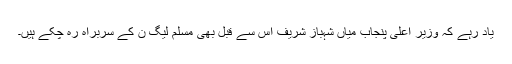
یاد رہے کہ وزیرِ اعلیٰ پنجاب میاں شہباز شریف اس سے قبل بھی مسلم لیگ ن کے سربراہ رہ چکے ہیں۔